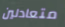
متعادلين